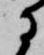
に